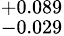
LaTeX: ^{+0.089}_{-0.029}